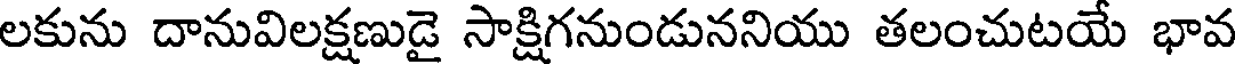
లకును దానువిలక్షణుడై సాక్షిగనుండుననియు తలంచుటయే భావ